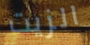
الزيت